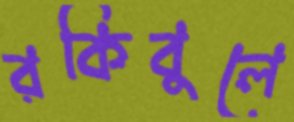
রকিবুলে